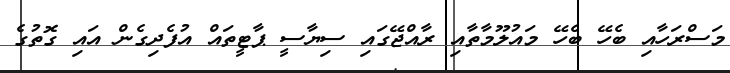
މަސްރަހާއި ބެހޭ ބެހޭ މައުލޫމާތާއި ރާއްޖޭގައި ސިޔާސީ ޕާޓީތައް އުފެދިގެން އައި ގޮތުގެ